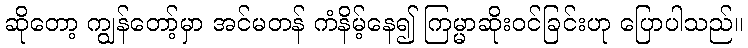
ဆိုတော့ ကျွန်တော့်မှာ အင်မတန် ကံနိမ့်နေ၍ ကြမ္မာဆိုးဝင်ခြင်းဟု ပြောပါသည်။